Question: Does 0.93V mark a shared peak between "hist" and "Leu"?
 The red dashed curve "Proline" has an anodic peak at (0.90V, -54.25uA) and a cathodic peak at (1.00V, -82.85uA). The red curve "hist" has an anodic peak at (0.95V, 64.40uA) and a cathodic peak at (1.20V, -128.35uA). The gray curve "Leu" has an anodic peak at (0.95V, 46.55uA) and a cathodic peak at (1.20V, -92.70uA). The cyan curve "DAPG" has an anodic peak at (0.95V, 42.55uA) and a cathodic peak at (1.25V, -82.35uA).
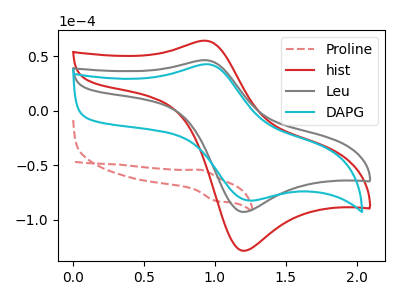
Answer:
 <answer>Yes, "hist" and "Leu" share a peak at 0.93V.</answer>
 <eval>match</eval>